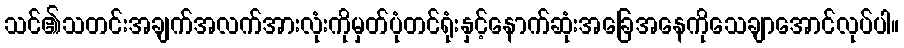
သင်၏သတင်းအချက်အလက်အားလုံးကိုမှတ်ပုံတင်ရုံးနှင့်နောက်ဆုံးအခြေအနေကိုသေချာအောင်လုပ်ပါ။